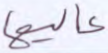
عاليها